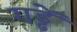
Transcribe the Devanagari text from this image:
गड्ढें